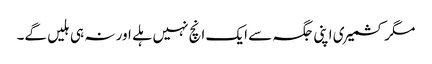
مگر کشمیری اپنی جگہ سے ایک انچ نہیں ہلے اور نہ ہی ہلیں گے۔